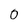
Character: 0